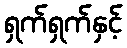
ရှက်ရှက်နှင့်